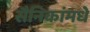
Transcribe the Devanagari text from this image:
सैनिकांमधे